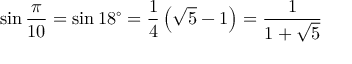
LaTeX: \sin { \frac { \pi } { 1 0 } } = \sin 1 8 ^ { \circ } = { \frac { 1 } { 4 } } \left( { \sqrt { 5 } } - 1 \right) = { \frac { 1 } { 1 + { \sqrt { 5 } } } }